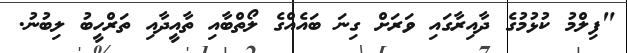
"ފިލްމު ކުޅުމުގެ ދާއިރާގައި ވަރަށް ގިނަ ބައެއްގެ ލޯތްބާއި ތާއީދާއި ތަރްހީބު ލިބުނު.